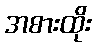
အစားထိုး